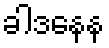
ခါဒနေန